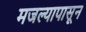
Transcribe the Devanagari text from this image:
मजल्यापासून